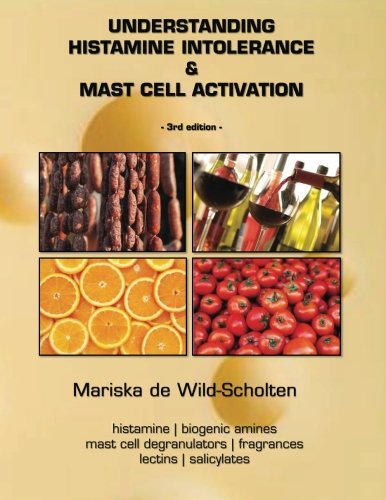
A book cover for Understanding Histamine Intolerance & Mast Cell Activation; Mariska de Wild-Scholten; Health, Fitness & Dieting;